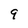
Character: 9